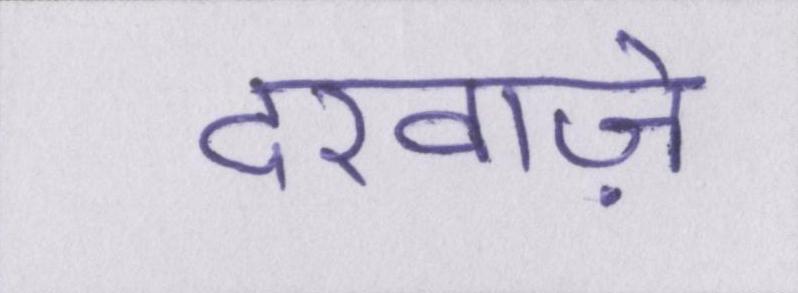
दरवाज़े